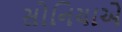
સોનિયાએ